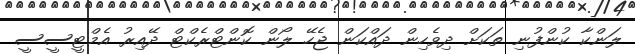
ލަންކާ ކުންފުނި ތަކަށް ދިވެހިން ދައްކަން ޖެހޭ ލޯން ކޮންޓްރެކްޓް ދޭއިރު އެމްޓީސީސީ